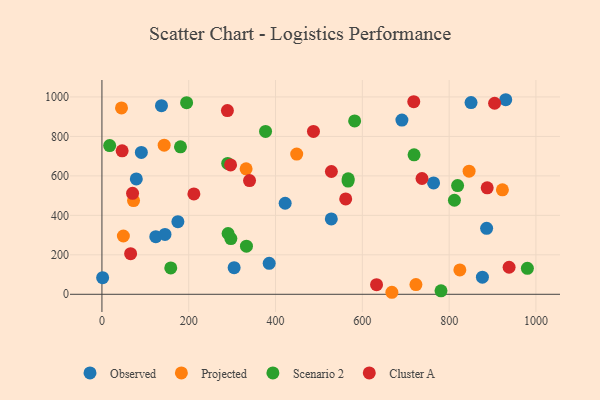
{"axis": {"x": "Experience", "y": "Fuel Efficiency"}, "legend": ["Cluster A", "Observed", "Projected", "Scenario 2"], "data": [{"x": "1.6", "y": 84.3, "type": "Observed"}, {"x": "175.0", "y": 367.7, "type": "Observed"}, {"x": "124.1", "y": 291.7, "type": "Observed"}, {"x": "137.2", "y": 955.8, "type": "Observed"}, {"x": "304.6", "y": 134.9, "type": "Observed"}, {"x": "145.3", "y": 303.5, "type": "Observed"}, {"x": "886.4", "y": 334.1, "type": "Observed"}, {"x": "850.5", "y": 971.5, "type": "Observed"}, {"x": "79.2", "y": 584.7, "type": "Observed"}, {"x": "764.2", "y": 564.1, "type": "Observed"}, {"x": "422.2", "y": 461.2, "type": "Observed"}, {"x": "691.2", "y": 882.9, "type": "Observed"}, {"x": "930.4", "y": 985.9, "type": "Observed"}, {"x": "528.5", "y": 381.8, "type": "Observed"}, {"x": "90.8", "y": 719.0, "type": "Observed"}, {"x": "385.4", "y": 157.1, "type": "Observed"}, {"x": "876.7", "y": 86.5, "type": "Observed"}, {"x": "45.1", "y": 944.2, "type": "Projected"}, {"x": "723.5", "y": 49.0, "type": "Projected"}, {"x": "72.8", "y": 475.1, "type": "Projected"}, {"x": "49.4", "y": 295.4, "type": "Projected"}, {"x": "143.4", "y": 755.4, "type": "Projected"}, {"x": "668.1", "y": 10.2, "type": "Projected"}, {"x": "846.0", "y": 623.8, "type": "Projected"}, {"x": "922.8", "y": 529.2, "type": "Projected"}, {"x": "448.8", "y": 710.6, "type": "Projected"}, {"x": "332.2", "y": 635.6, "type": "Projected"}, {"x": "824.7", "y": 123.3, "type": "Projected"}, {"x": "567.2", "y": 573.9, "type": "Scenario 2"}, {"x": "567.4", "y": 585.4, "type": "Scenario 2"}, {"x": "377.0", "y": 825.5, "type": "Scenario 2"}, {"x": "297.1", "y": 282.3, "type": "Scenario 2"}, {"x": "289.8", "y": 663.2, "type": "Scenario 2"}, {"x": "719.2", "y": 706.8, "type": "Scenario 2"}, {"x": "582.3", "y": 878.6, "type": "Scenario 2"}, {"x": "812.2", "y": 476.5, "type": "Scenario 2"}, {"x": "781.3", "y": 17.3, "type": "Scenario 2"}, {"x": "290.7", "y": 308.0, "type": "Scenario 2"}, {"x": "158.6", "y": 133.5, "type": "Scenario 2"}, {"x": "819.5", "y": 550.9, "type": "Scenario 2"}, {"x": "195.1", "y": 970.9, "type": "Scenario 2"}, {"x": "181.0", "y": 747.4, "type": "Scenario 2"}, {"x": "980.3", "y": 131.7, "type": "Scenario 2"}, {"x": "17.8", "y": 753.8, "type": "Scenario 2"}, {"x": "333.0", "y": 243.9, "type": "Scenario 2"}, {"x": "487.4", "y": 825.2, "type": "Cluster A"}, {"x": "737.5", "y": 586.8, "type": "Cluster A"}, {"x": "887.7", "y": 539.7, "type": "Cluster A"}, {"x": "340.1", "y": 576.2, "type": "Cluster A"}, {"x": "211.9", "y": 508.8, "type": "Cluster A"}, {"x": "46.6", "y": 726.8, "type": "Cluster A"}, {"x": "289.1", "y": 930.8, "type": "Cluster A"}, {"x": "938.2", "y": 137.1, "type": "Cluster A"}, {"x": "718.5", "y": 975.9, "type": "Cluster A"}, {"x": "66.1", "y": 205.8, "type": "Cluster A"}, {"x": "904.8", "y": 968.1, "type": "Cluster A"}, {"x": "561.7", "y": 483.3, "type": "Cluster A"}, {"x": "528.7", "y": 622.1, "type": "Cluster A"}, {"x": "296.4", "y": 655.3, "type": "Cluster A"}, {"x": "632.8", "y": 48.7, "type": "Cluster A"}, {"x": "70.6", "y": 511.6, "type": "Cluster A"}]}